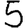
Digit: 5